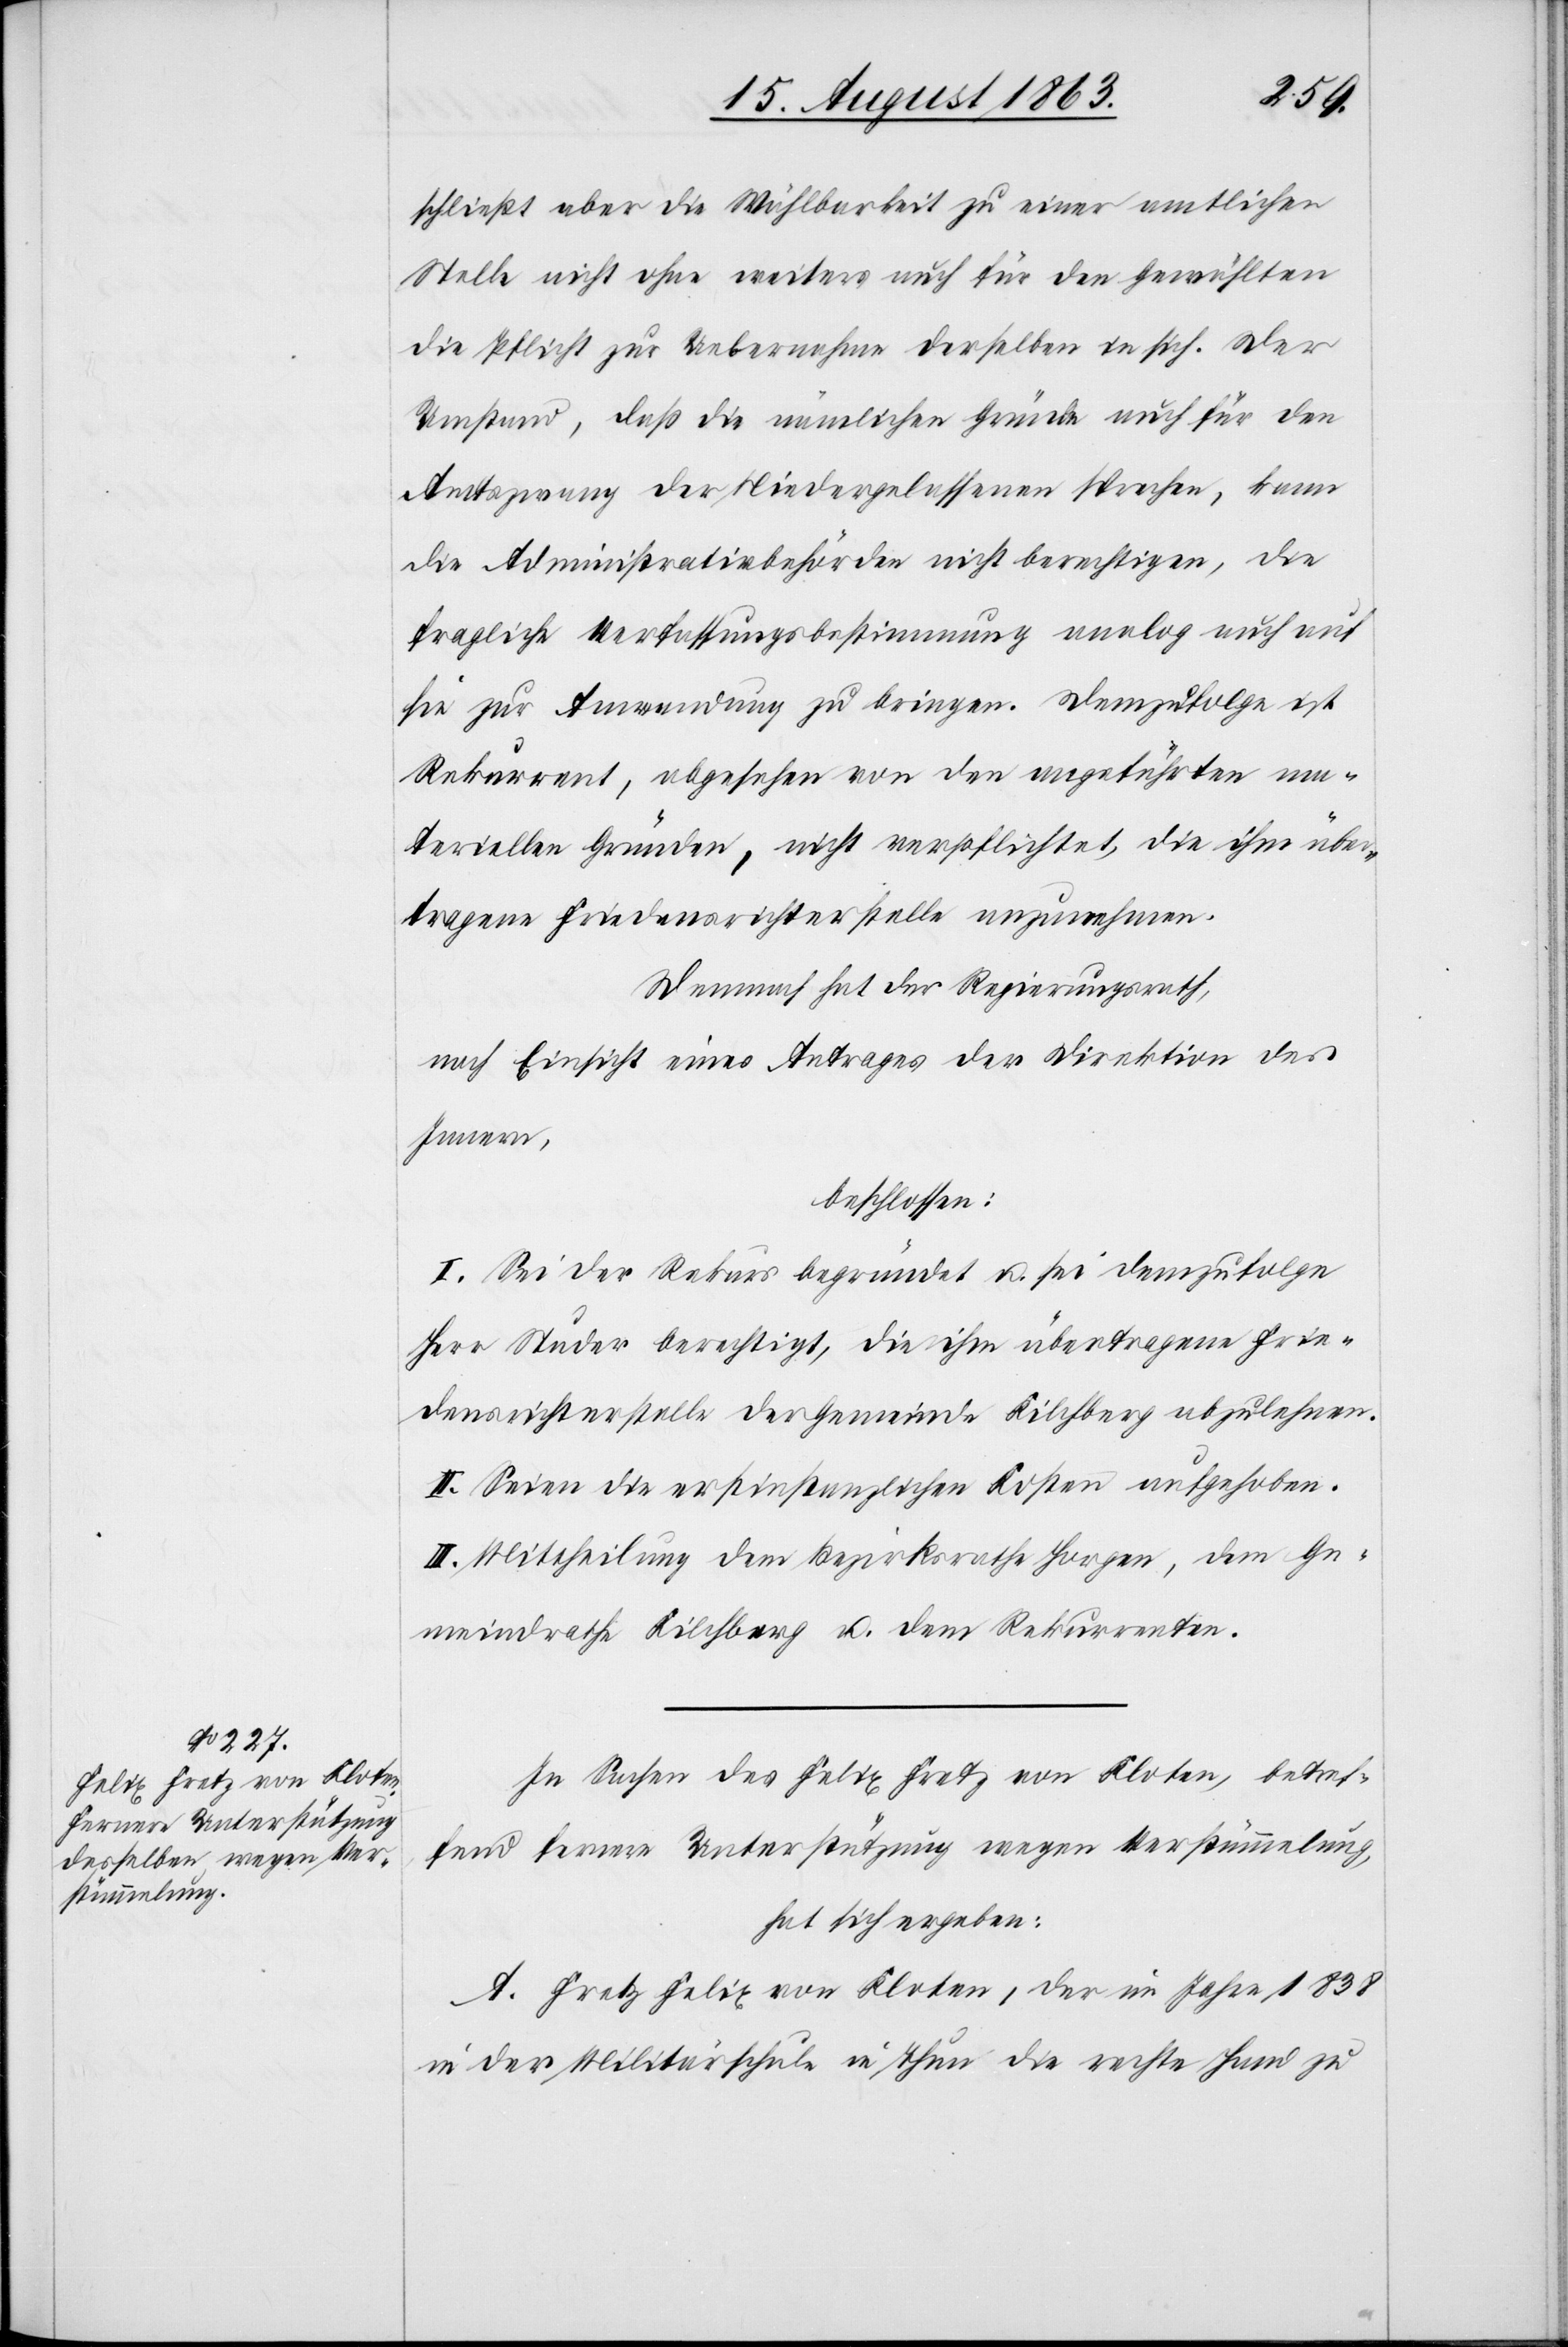
schließt aber die Wählbarkeit zu einer amtlichen
Stelle nicht ohne weiters auch für den Gewählten
die Pflicht zur Uebernahme derselben in sich. Der
Umstand, daß die nämlichen Gründe auch für den
Amtszwang der Niedergelassenen sprechen, kann
die Administrativbehörden nicht berechtigen, die
fragliche Verfassungsbestimmung analog auch auf
sie zur Anwendung zu bringen. Demzufolge ist
Rekurrent, abgesehen von den angeführten ma¬
teriellen Gründen, nicht verpflichtet, die ihm über¬
tragene Friedensrichterstelle anzunehmen.
Demnach hat der Regierungsrath,
nach Einsicht eines Antrages der Direktion des
Innern,
beschlossen:
I. Sei der Rekurs begründet u. sei demzufolge
Herr Studer berechtigt, die ihm übertragene Frie¬
densrichterstelle der Gemeinde Kilchberg abzulehnen.
II. Seien die erstinstanzlichen Kosten aufgehoben.
III. Mittheilung dem Bezirksrathe Horgen, dem Ge¬
meindrathe Kilchberg u. dem Rekurrenten.
In Sachen des Felix Fretz von Kloten, betref¬
fend fernere Unterstützung wegen Verstümmelung,
hat sich ergeben:
A. Fretz Felix von Kloten, der im Jahre 1838
in der Militärschule in Thun die rechte Hand zu